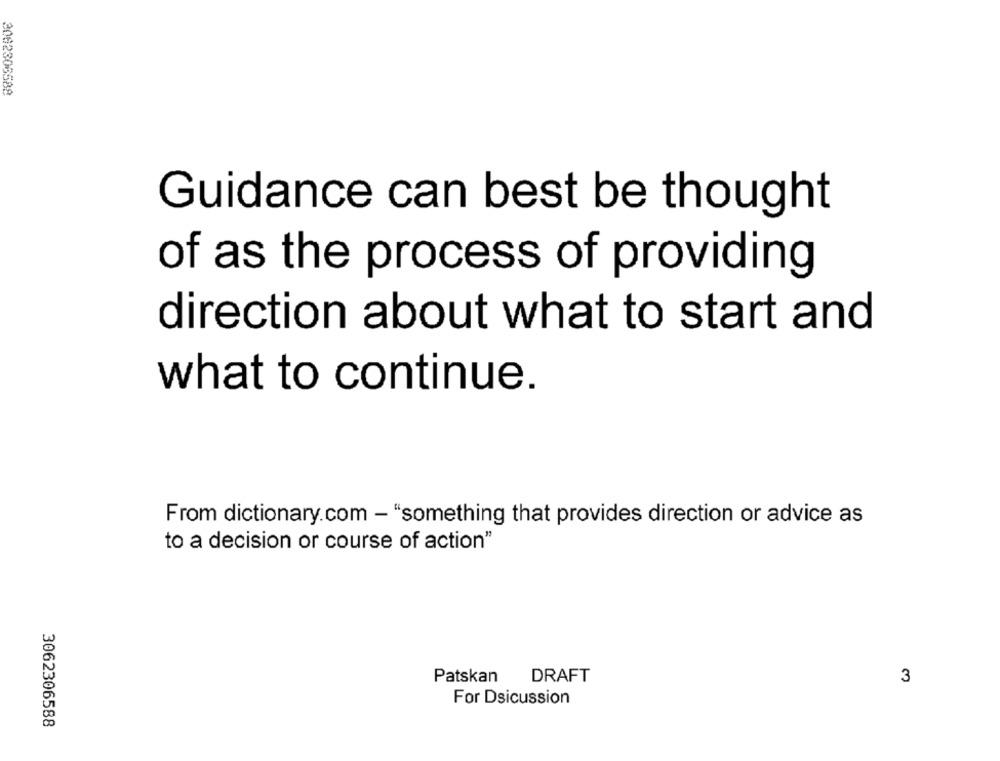
3062306589
Guidance can best be thought
of as the process of providing
direction about what to start and
what to continue.
From dictionary.com - "something that provides direction or advice as
to a decision or course of action"
Patskan DRAFT
3
For Dsicussion
3062306588